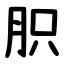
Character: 胑